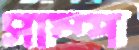
সাম্প